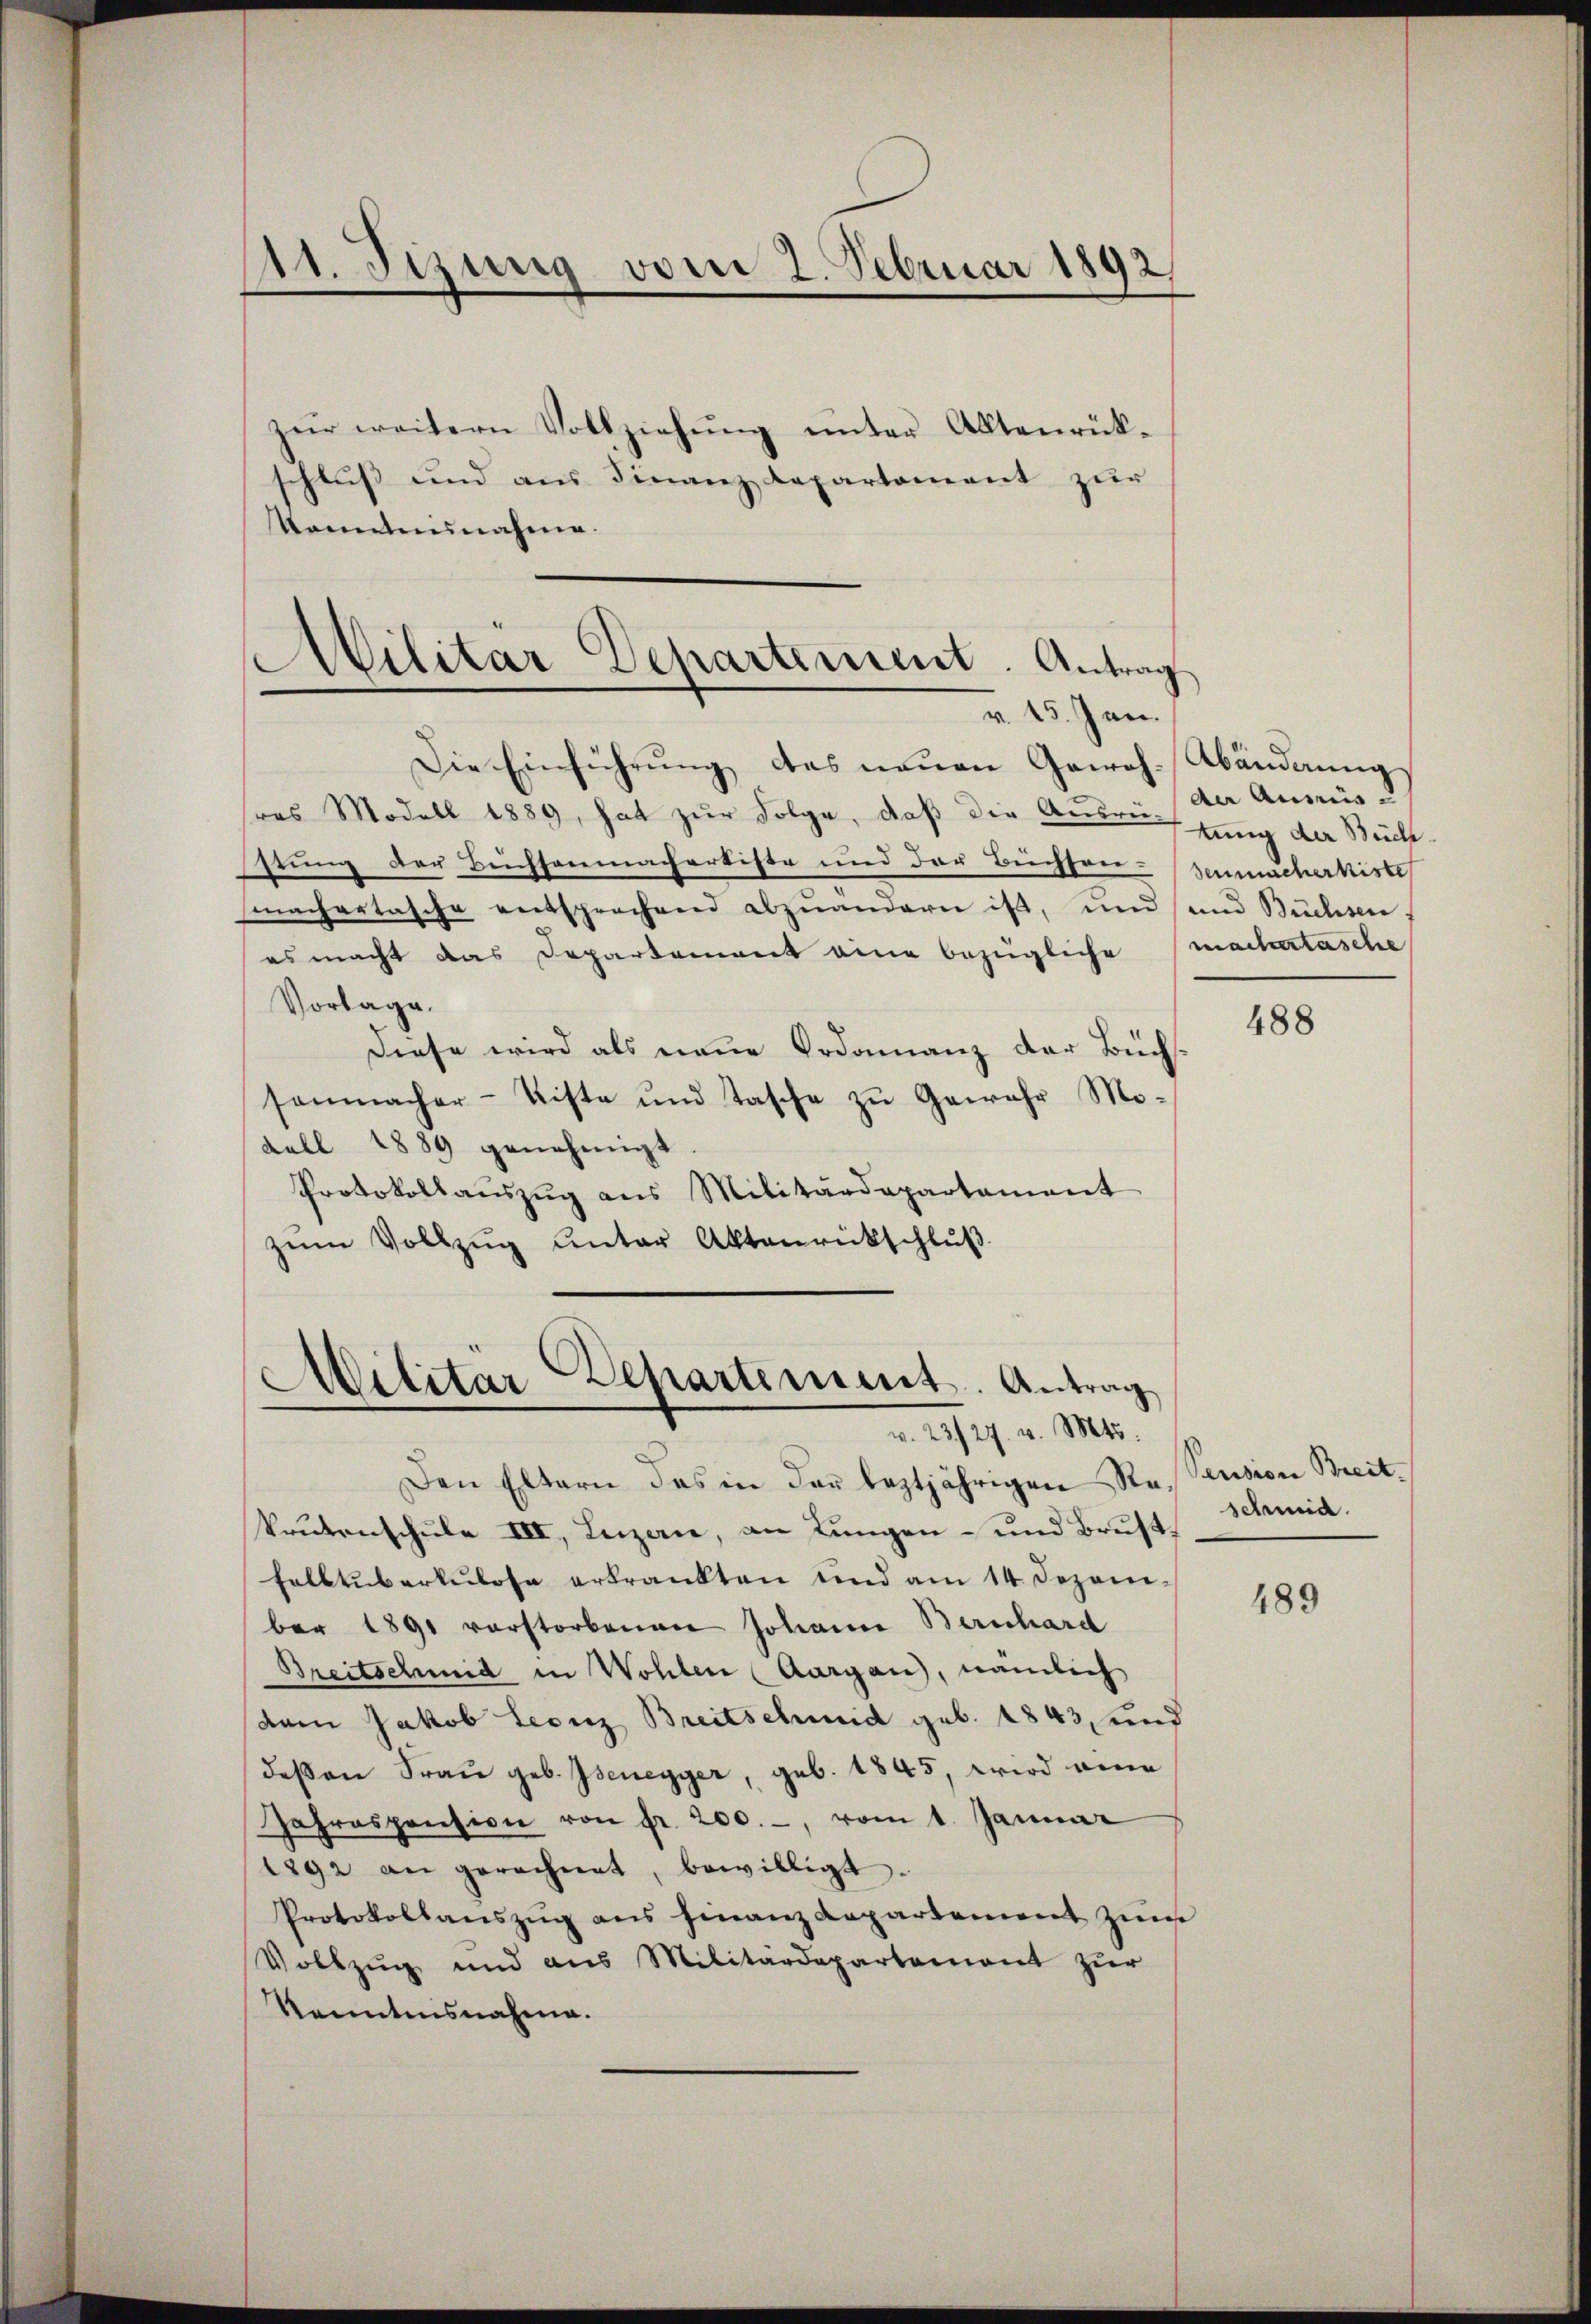
11. Sizung vom 2. Februar 1892,
d

schluss und aus Finanzdepartement zur
Konntainahen.

zŭr weitern Vollziehŭng ŭnter Aktenrück-

Militär Departement. Antrag
v. 15. Jan.

Die Einführŭng das neuen Gewoh-Abänderung
res Modell 1889, hat zur Folge, daß die Ausrufung der Beiche
stung der Buchsenmachertiste und der Büchsen-Senmacherkiste
machertasche entsprechend abzuändern ist, und und Büchsen.
es macht das Departement eine bezügliche (mactartasche
Vorlage.
Diese wird als neue Ordonnanz der Büchssenmacher- Kiste und Tasche zŭ Gewehr Mo-
dell 1889 genehmigt
Protokollaŭszŭg ans Militärdepartament
zŭm Vollzŭg ŭnter Aktenrückschlŭβ

Militär Departement. Antrag
v. 23./27. v. Mts.

Den Eltern das in der leztjährigen Re¬
Prukenschule III, Luzern, an Lungen- und Brustfalbtuberkulose erkrankten und am 14. Dezember 1891 vorstorbenen Johann Bernhard
Breitschmid in Wohlen (Aargau, nämlich
dam Jakob Leonz Breitschmid geb. 1843, und
deßen Frau geb. Isenegger, geb. 1845, wird eine
Jahrespension von fr. 200.-, vom 1. Januar
1892 an gerechnet, bewilligt.
Protokollanszŭg ans Finanzdepartement zum
Vollzug und aus Militärdepartement zŭr
Kenntnisnahme.

der Ausris

488

Pension Breit.
schmid.

489